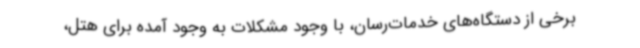
برخی از دستگاه‌های خدمات‌رسان، با وجود مشکلات به وجود آمده برای هتل،